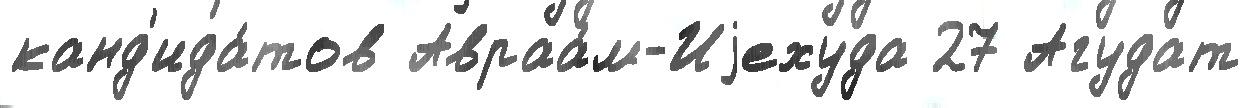
канд'ида́тов Авраа́м-Иjехуда 27 Агудат